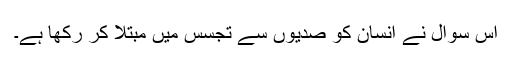
اس سوال نے انسان کو صدیوں سے تجسس میں مبتلا کر رکھا ہے۔